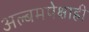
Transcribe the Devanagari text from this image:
अल्बमपेक्षाही